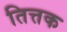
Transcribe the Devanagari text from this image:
तित्तक